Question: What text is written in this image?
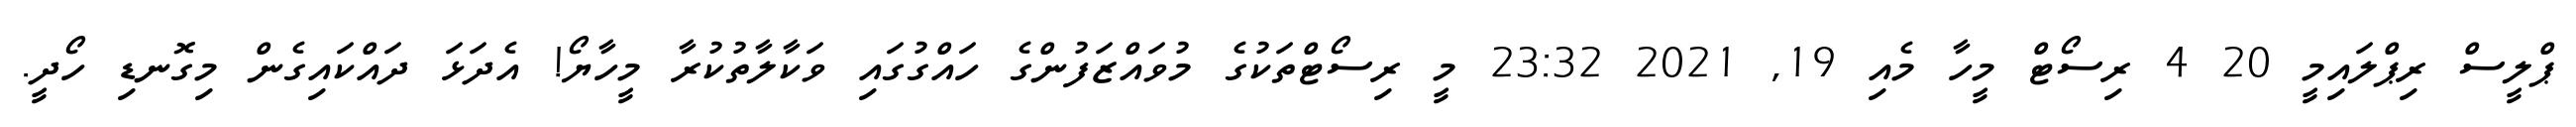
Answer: ޕްލީސް ރިޕްލައިމީ 20 4 ރިސޯޓް މީހާ މެއި 19, 2021 23:32 މީ ރިސޯޓްތަކުގެ މުވައްޒަފުންގެ ހައްގުގައި ވަކާލާތުކުރާ މީހާޔޯ! އެދަޅަ ދައްކައިގެން މިގޮނޑި ހޯދީ.